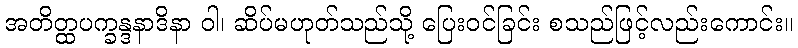
အတိတ္ထပက္ခန္ဒနာဒိနာ ဝါ၊ ဆိပ်မဟုတ်သည်သို့ ပြေးဝင်ခြင်း စသည်ဖြင့်လည်းကောင်း။